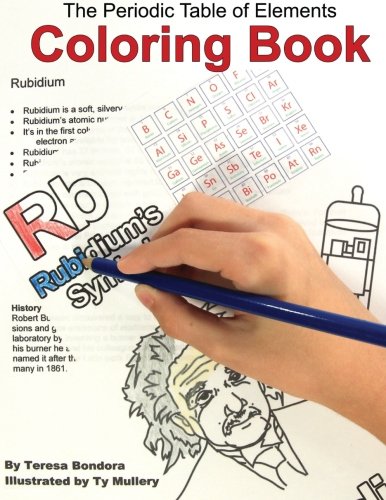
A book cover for The Periodic Table of Elements Coloring Book; Teresa Bondora; Children's Books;